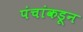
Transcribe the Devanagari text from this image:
पंचांकडून